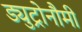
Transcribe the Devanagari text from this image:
ड्युट्रोनौमी